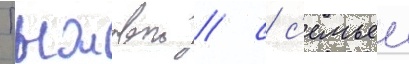
Пыжовои / с с'емьеи